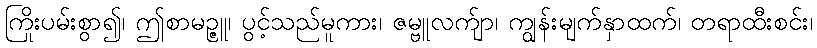
ကြိုးပမ်းစွာ၍၊ ဤစာမဉ္ဇူ၊ ပွင့်သည်မူကား၊ ဇမ္ဗူလက်ျာ၊ ကျွန်းမျက်နှာထက်၊ တရာထီးစင်း၊